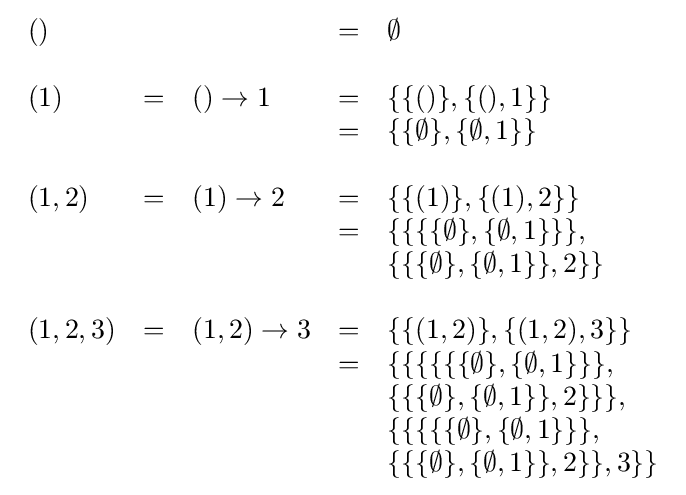
{\begin{array}{lclcl}()&&&=&\emptyset \\&&&&\\(1)&=&()\rightarrow 1&=&\{\{()\},\{(),1\}\}\\&&&=&\{\{\emptyset \},\{\emptyset ,1\}\}\\&&&&\\(1,2)&=&(1)\rightarrow 2&=&\{\{(1)\},\{(1),2\}\}\\&&&=&\{\{\{\{\emptyset \},\{\emptyset ,1\}\}\},\\&&&&\{\{\{\emptyset \},\{\emptyset ,1\}\},2\}\}\\&&&&\\(1,2,3)&=&(1,2)\rightarrow 3&=&\{\{(1,2)\},\{(1,2),3\}\}\\&&&=&\{\{\{\{\{\{\emptyset \},\{\emptyset ,1\}\}\},\\&&&&\{\{\{\emptyset \},\{\emptyset ,1\}\},2\}\}\},\\&&&&\{\{\{\{\{\emptyset \},\{\emptyset ,1\}\}\},\\&&&&\{\{\{\emptyset \},\{\emptyset ,1\}\},2\}\},3\}\}\\\end{array}}